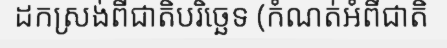
ដកស្រង់ពីជាតិបរិច្ឆេទ (កំណត់អំពីជាតិ